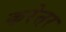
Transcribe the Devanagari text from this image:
करेत्तर